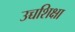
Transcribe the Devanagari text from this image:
उच्चशिक्षा